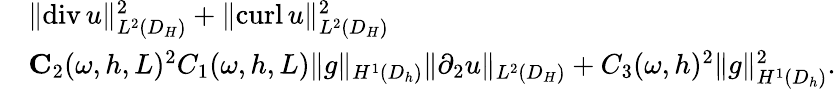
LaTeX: \begin{array}{rl}&{\| \mathrm{div}\, u\| _{L^{2}(D_{H})}^{2}+\| \mathrm{curl}\, u\| _{L^{2}(D_{H})}^{2}}\\ &{\le C_{2}(\omega,h,L)^{2}C_{1}(\omega,h,L)\| g\| _{H^{1}(D_{h})}\| \partial_{2}u\| _{L^{2}(D_{H})}+C_{3}(\omega,h)^{2}\| g\| _{H^{1}(D_{h})}^{2}.}\end{array}